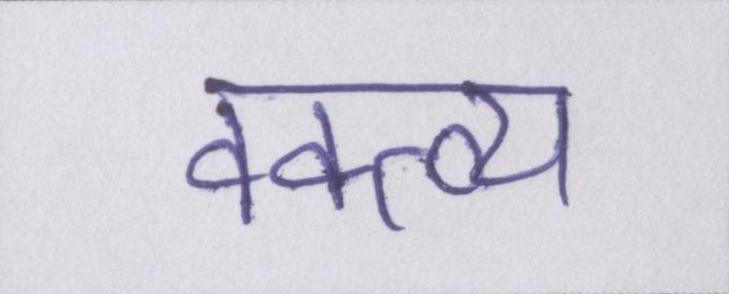
वक्त्व्य